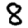
Digit: 8